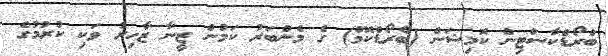
ބްރޯޑްކާސްޓިން ކޮމިޝަން (ބްރޯޑްކޮމް) ގެ މެންބަރު ކަމުން ޒީނާ ޒާހިރު ވަކި ކުރުމުގެ